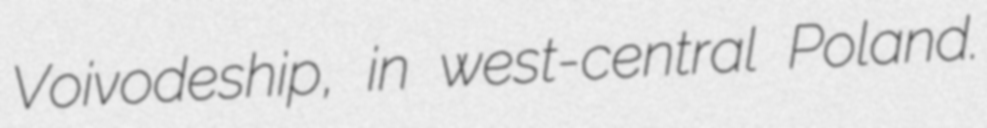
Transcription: Voivodeship, in west-central Poland.